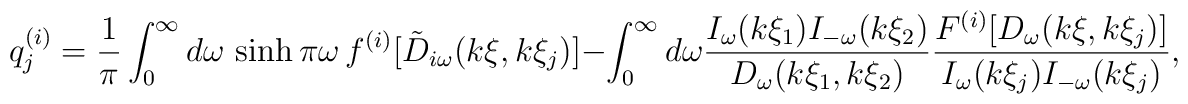
q_{j}^{(i)}=\frac{1}{\pi }\int_{0}^{\infty }d\omega \,\sinh \pi\omega \,f^{(i)}[\tilde{D}_{i\omega }(k\xi ,k\xi_{j})]-\int_{0}^{\infty }d\omega \frac{I_{\omega }(k\xi_{1})I_{-\omega }(k \xi _{2})}{D_{\omega }(k\xi _{1},k\xi _{2})}\frac{F^{(i)}[D_{\omega }(k\xi ,k\xi _{j})]}{I_{\omega }(k\xi_{j})I_{-\omega }(k \xi _{j})},